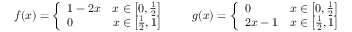
f ( x ) = { \left\{ \begin{array} { l l } { 1 - 2 x } & { x \in \left[ 0 , { \frac { 1 } { 2 } } \right] } \\ { 0 } & { x \in \left[ { \frac { 1 } { 2 } } , 1 \right] } \end{array} \right. } \qquad g ( x ) = { \left\{ \begin{array} { l l } { 0 } & { x \in \left[ 0 , { \frac { 1 } { 2 } } \right] } \\ { 2 x - 1 } & { x \in \left[ { \frac { 1 } { 2 } } , 1 \right] } \end{array} \right. }